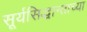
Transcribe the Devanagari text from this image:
सूर्यसिद्धान्ताच्या